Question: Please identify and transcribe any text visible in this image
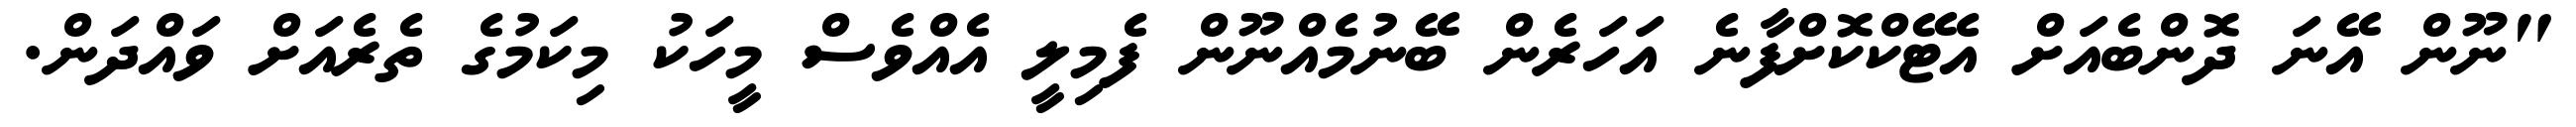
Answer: "ނޫން އޭނަ ދޮންބެއަށް އެޓޭކްކޮށްފާނެ އަހަރެން ބޭނުމެއްނޫން ފެމިލީ އެއްވެސް މީހަކު މިކަމުގެ ތެރެއަށް ވައްދަން.